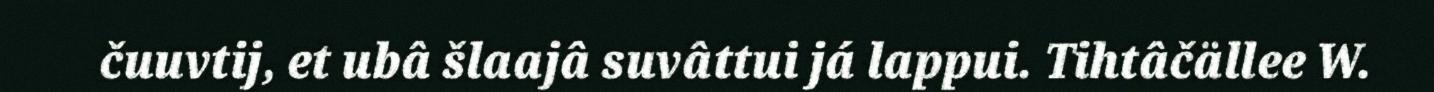
čuuvtij, et ubâ šlaajâ suvâttui já lappui. Tihtâčällee W.